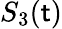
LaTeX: S_{3}(\mathsf{t})